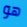
هو